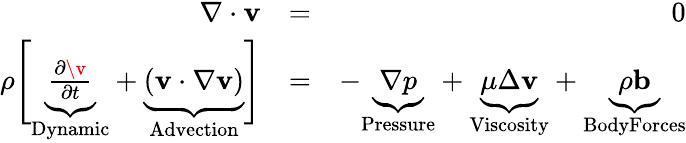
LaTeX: \begin{array}{rlr}{\nabla\cdot\mathbf{v}}&{=}&{0}\\ {\rho\Bigg[\underbrace{\frac{\partial\v}{\partial t}}_{\textrm{Dynamic}}+\underbrace{\vphantom{\frac{1}{\partial}}(\mathbf{v}\cdot\nabla\mathbf{v})}_{\textrm{Advection}}\Bigg]}&{=}&{-\underbrace{\nabla p}_{\textrm{Pressure}}+\underbrace{\mu\Delta\mathbf{v}}_{\textrm{Viscosity}}+\underbrace{\rho\mathbf{b}}_{\textrm{BodyForces}}}\end{array}